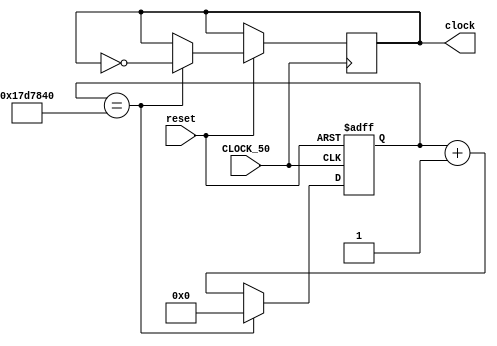
module oneSecClock
(
	input 	CLOCK_50,
	input 	reset, //REset
	output reg clock
);   

reg [24:0] count25M;

always@(posedge CLOCK_50, negedge reset)
begin
	if(!reset)
	begin
		count25M <= 0;
	end
	else
		if(count25M == 25000000)
		begin
			clock <= !clock ;
			count25M <=0;
		end
		else
			count25M <= count25M + 1; 
end

endmodule